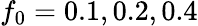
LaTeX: f_{0}=0.1,0.2,0.4